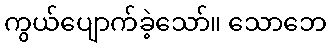
ကွယ်ပျောက်ခဲ့သော်။ သောဘေ